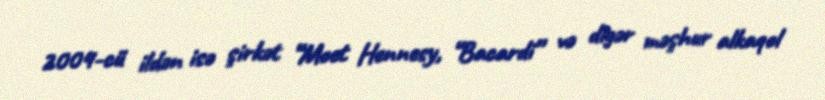
2004-cü ildən isə şirkət “Moet Hennesy, “Bacardi” və digər məşhur alkaqol